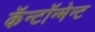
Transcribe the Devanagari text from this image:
कॅन्टॉन्मेन्ट